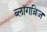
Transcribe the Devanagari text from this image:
ब्लॉगब्रिज